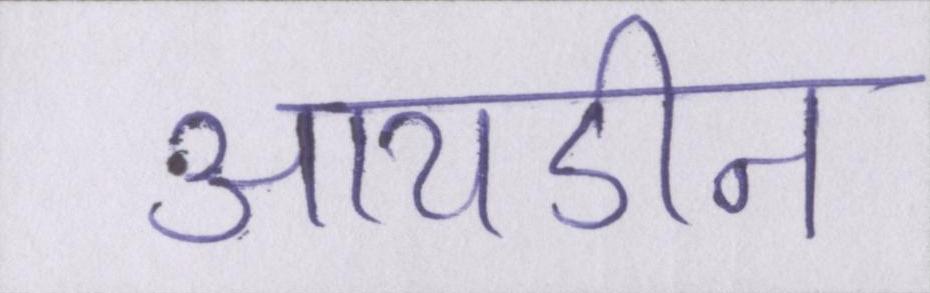
आयडीन